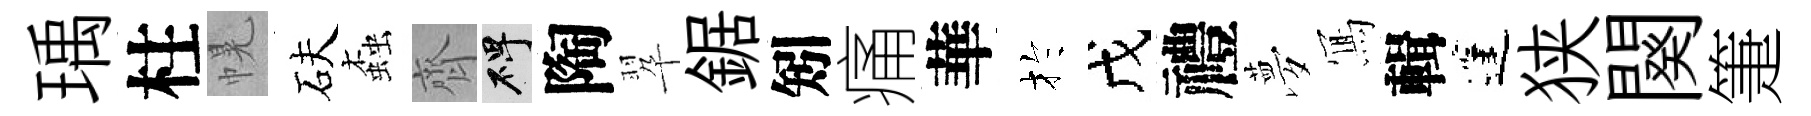
瑀柱幌砆螙齊碑陶翆鋸矧痛華扵戊禮夢𭂁輯蓬狭闋箑